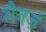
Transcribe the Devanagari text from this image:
मैनर्ज़